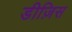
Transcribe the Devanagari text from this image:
डीज़िस